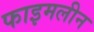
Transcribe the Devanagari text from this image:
फाइमलीन